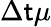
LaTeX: \Delta\mathsf{t}\mu